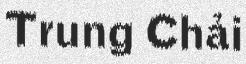
Trung Chải